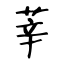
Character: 莘